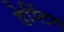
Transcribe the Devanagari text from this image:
डेस्टिंग